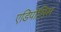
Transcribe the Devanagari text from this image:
एडिपोसिस